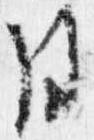
用